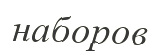
наборов